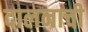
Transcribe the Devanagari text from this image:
दालनाची